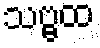
သဗ္ဗထ